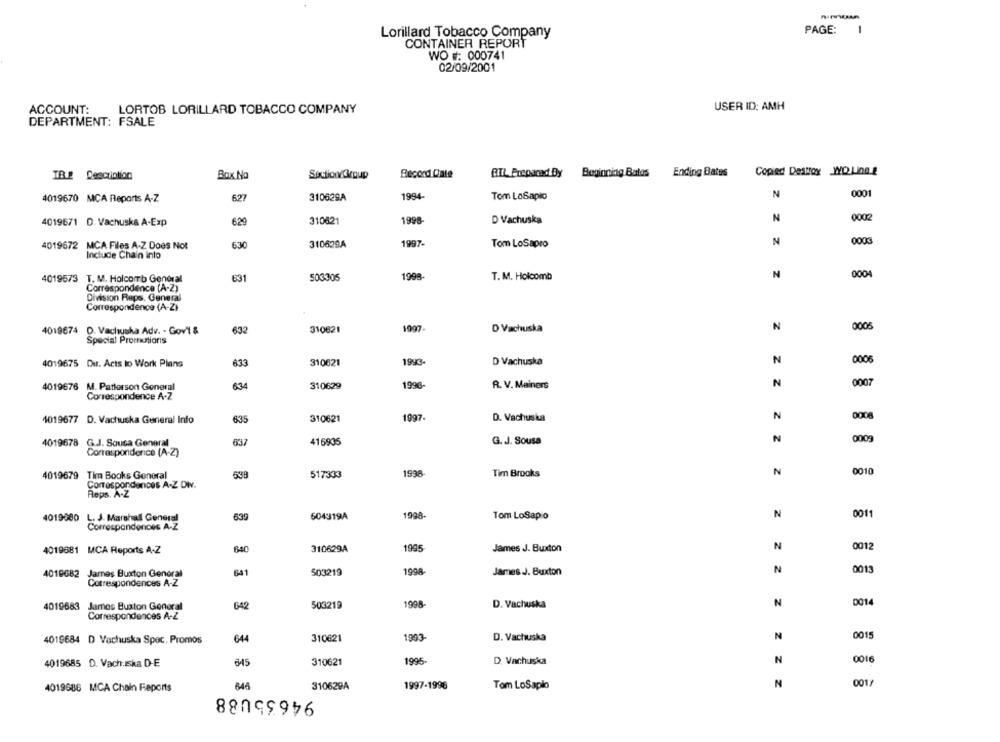
PAGE:
-
Lorillard Tobacco Company
CONTAINER REPORT
WO #: 000741
02/09/2001
ACCOUNT:
LORTOB LORILLARD TOBACCO COMPANY
USER ID: AMH
DEPARTMENT: FSALE
Copied Destroy WO Ling g
IB.2 Description
Box No
Section Group
Record Date
BIL Prepared By
Beginning Bates
Ending Bates
N
0001
4019670 MCA Reports A-Z
627
310629A
1994
Tom LoSapio
0002
4019671 D. Vachuska A-Exp
6.29
310621
1995
D Vachuska
N
4019672 MCA Files A-Z Does Not
630
310629A
1997-
Tom LoSapro
N
Include Chain into
N
0004
4019573 T. M. Holcomb General
631
503305
1999
T. M. Holcomb
Correspondence [A-Z)
Division Rups, General
Correspondence (A-Z)
N
30006
4019674 D. Vachuska Adv. - Gov't &
632
310621
1997.
D Vachuska
Special Promotions
4019675 Dit. Acts to Work Plans
633
310621
1993-
D Vachuska
N
0006
4019676 M. Patterson General
634
310629
1996-
R. V. Meiners
N
0007
Correspondence A.Z
4019677 D. Vachuska General Info
635
310621
1997.
D. Vachuska
N
000
4019678 G.J. Sousa General
637
416935
G. J. Sousa
N
Correspondence (A-Z)
4019679 Tim Books General
638
517333
1998
Tim Brooks
N
0010
Correspondances A-Z Div.
Reps. A-Z
0011
4019980
L. J. Marshall General
639
504319A
1998
Tom LoSapio
N
Correspondences A-Z
4019681 MCA Reports A-Z
640
310629A
1945
James J. Buxton
N
0012
641
503219
1998
James J. Buxton
N
0013
4019682
James Buxton General
Correspondences A-Z
0014
4019683 James Buxton General
642
503219
1998
D. Vachuska
N
Correspondences A-Z
644
310621
1993-
D. Vachuska
N
0015
4019684 D Vachuska Spec. Promos
645
310621
1995-
D. Varhuska
N
0016
4019685 D. Vach.Iska D-E
001/
4019686 MCA Chain Feports
644
310629A
94635U88
1997-1996
Tom LoSaplo
N